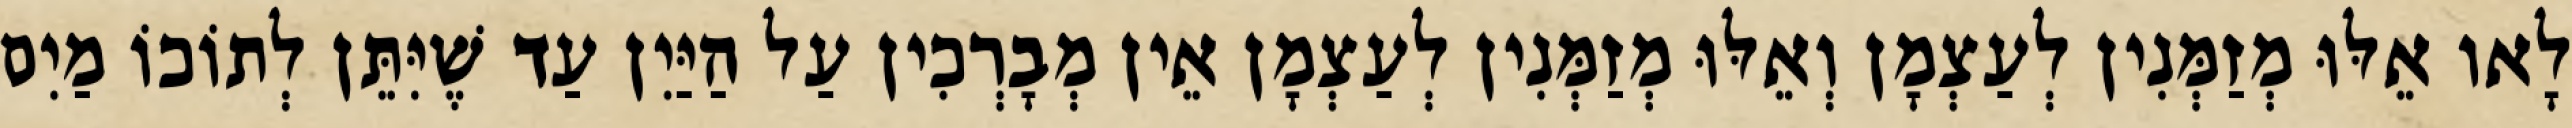
לָאו אֵלּוּ מְזַמְּנִין לְעַצְמָן וְאֵלּוּ מְזַמְּנִין לְעַצְמָן אֵין מְבָרְכִין עַל הַיַּיִן עַד שֶׁיִּתֵּן לְתוֹכוֹ מַיִם